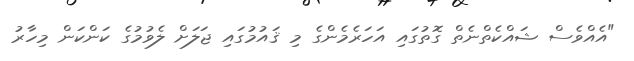
"އެއްވެސް ޝައްކެތްނެތް ގޮތުގައި އަހަރެމެންގެ މި ޤައުމުގައި ޖަލަށް ލެވުމުގެ ކަންކަން މިހާރު